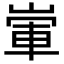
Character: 㟦